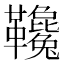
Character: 䪌